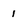
Character: 1